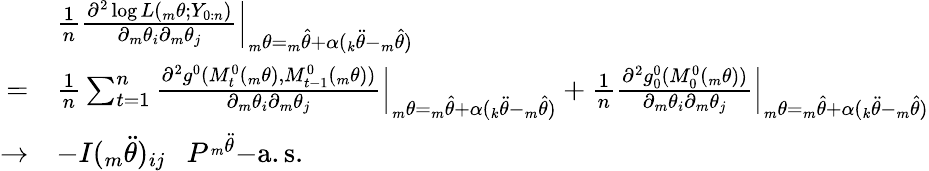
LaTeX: \begin{array}{rl}&{\frac{1}{n}\frac{\partial^{2}\log L({_m\theta};Y_{0:n})}{\partial{_m\theta_{i}}\partial{_m\theta_{j}}}{\Big|}_{{_m\theta}={_m\hat{\theta}}+\alpha({_k\ddot{\theta}}-{_m\hat{\theta}})}}\\ {=}&{\frac{1}{n}\sum_{t=1}^{n}\frac{\partial^{2}g^{0}(M_{t}^{0}({_m\theta}),M_{t-1}^{0}({_m\theta}))}{\partial{_m\theta_{i}}\partial{_m\theta_{j}}}{\Big|}_{{_m\theta}={_m\hat{\theta}}+\alpha({_k\ddot{\theta}}-{_m\hat{\theta}})}+\frac{1}{n}\frac{\partial^{2}g_{0}^{0}(M_{0}^{0}({_m\theta}))}{\partial{_m\theta_{i}}\partial{_m\theta_{j}}}{\Big|}_{{_m\theta}={_m\hat{\theta}}+\alpha({_k\ddot{\theta}}-{_m\hat{\theta}})}}\\ {\rightarrow}&{-I({_m\ddot{\theta}})_{ij}~~~P^{_m\ddot{\theta}}\mathrm{-a.s.}}\end{array}